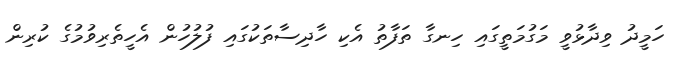
ހަމީދު ވިދާޅުވީ މަގުމަތީގައި ހިނގާ ތަފާތު އެކި ހާދިސާތަކުގައި ފުލުހުން އެހީތެރިވުމުގެ ކުރިން